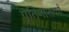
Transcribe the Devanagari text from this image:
पूतिनाशकों